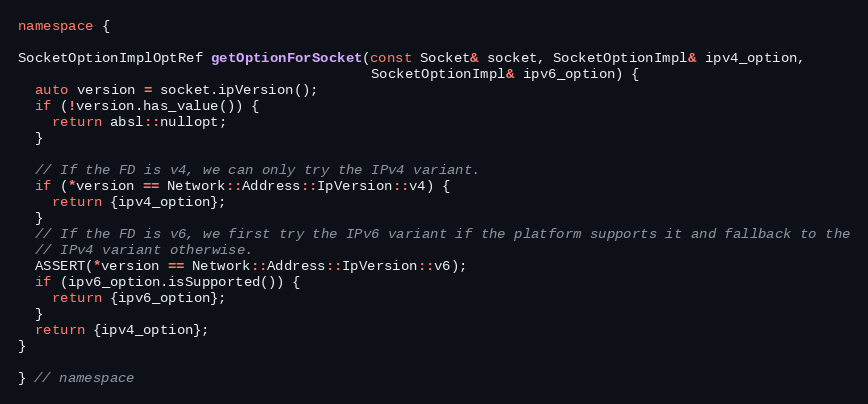
Language: C++
namespace {

SocketOptionImplOptRef getOptionForSocket(const Socket& socket, SocketOptionImpl& ipv4_option,
                                          SocketOptionImpl& ipv6_option) {
  auto version = socket.ipVersion();
  if (!version.has_value()) {
    return absl::nullopt;
  }

  // If the FD is v4, we can only try the IPv4 variant.
  if (*version == Network::Address::IpVersion::v4) {
    return {ipv4_option};
  }
  // If the FD is v6, we first try the IPv6 variant if the platform supports it and fallback to the
  // IPv4 variant otherwise.
  ASSERT(*version == Network::Address::IpVersion::v6);
  if (ipv6_option.isSupported()) {
    return {ipv6_option};
  }
  return {ipv4_option};
}

} // namespace